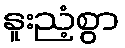
နူးညံ့စွာ